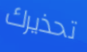
تحذيرك